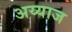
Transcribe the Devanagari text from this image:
अय्याज